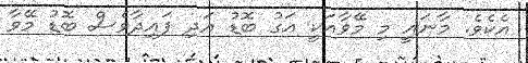
އެކެވެ. މާނައީ މި މޭވާއަކީ އަގު ބޮޑު އަދި ފައިދާވެސް ބޮޑު މޭވާ